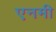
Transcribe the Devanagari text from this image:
एनमी